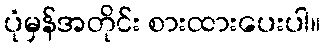
ပုံမှန်အတိုင်း စားထားပေးပါ။